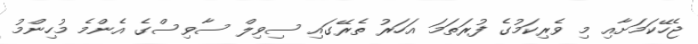
ޖެހޭކަމަށާއި މި ވެރިކަމުގެ ފުރަތަމަ އަހަރު ތެރޭގައި ސިވިލް ސާވިސްގެ އެންމެ މުހިންމު